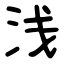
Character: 浅